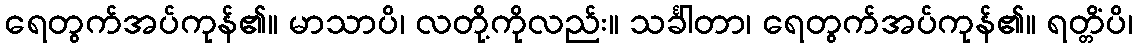
ရေတွက်အပ်ကုန်၏။ မာသာပိ၊ လတို့ကိုလည်း။ သင်္ခါတာ၊ ရေတွက်အပ်ကုန်၏။ ရတ္တိံပိ၊